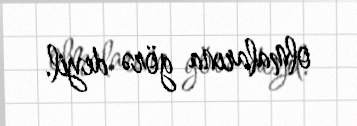
olmalarına görə deyil.